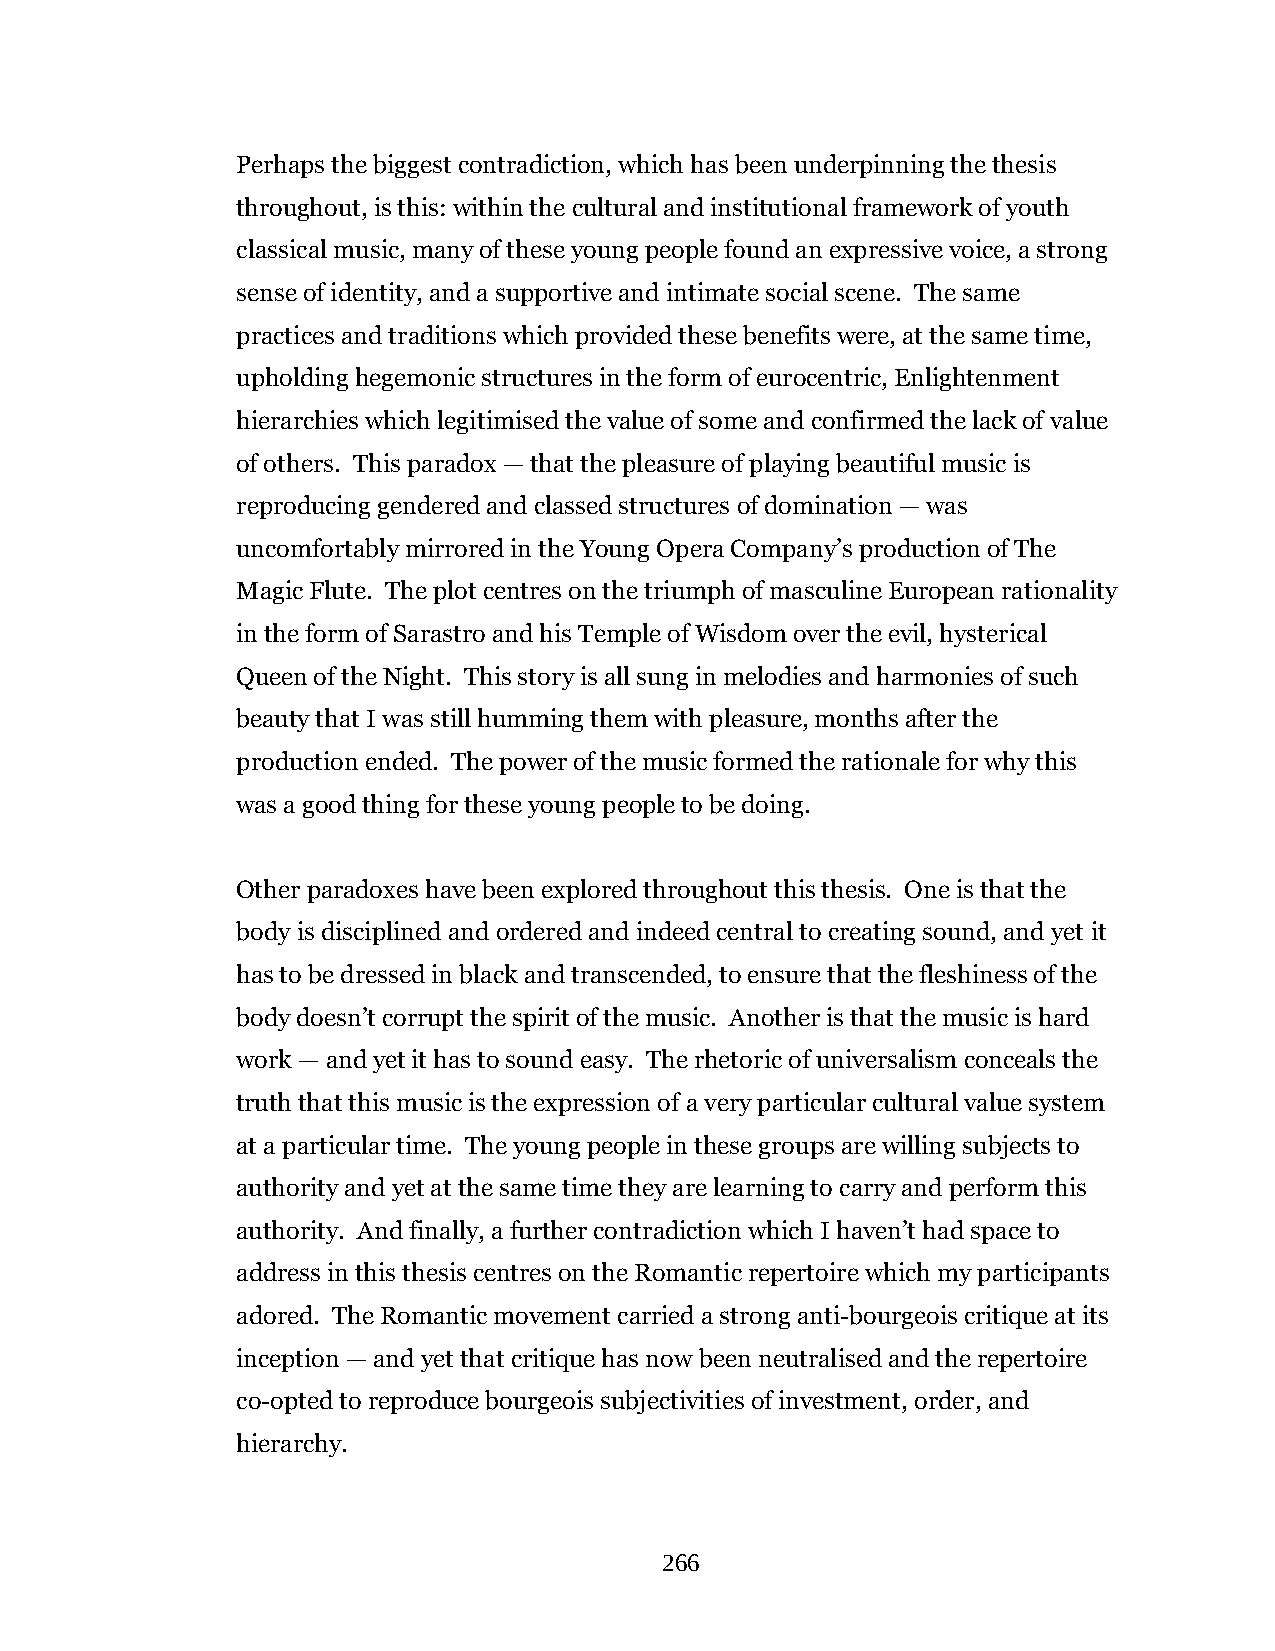
Perhaps the biggest contradiction, which has been underpinning the thesis
 throughout, is this: within the cultural and institutional framework of youth
 classical music, many of these young people found an expressive voice, a strong
 sense of identity, and a supportive and intimate social scene. The same
 practices and traditions which provided these benefits were, at the same time,
 upholding hegemonic structures in the form of eurocentric, Enlightenment
 hierarchies which legitimised the value of some and confirmed the lack of value
 of others. This paradox — that the pleasure of playing beautiful music is
 reproducing gendered and classed structures of domination — was
 uncomfortably mirrored in the Young Opera Company’s production of The
 Magic Flute. The plot centres on the triumph of masculine European rationality
 in the form of Sarastro and his Temple of Wisdom over the evil, hysterical
 Queen of the Night. This story is all sung in melodies and harmonies of such
 beauty that I was still humming them with pleasure, months after the
 production ended. The power of the music formed the rationale for why this
 was a good thing for these young people to be doing.
 Other paradoxes have been explored throughout this thesis. One is that the
 body is disciplined and ordered and indeed central to creating sound, and yet it
 has to be dressed in black and transcended, to ensure that the fleshiness of the
 body doesn’t corrupt the spirit of the music. Another is that the music is hard
 work — and yet it has to sound easy. The rhetoric of universalism conceals the
 truth that this music is the expression of a very particular cultural value system
 at a particular time. The young people in these groups are willing subjects to
 authority and yet at the same time they are learning to carry and perform this
 authority. And finally, a further contradiction which I haven’t had space to
 address in this thesis centres on the Romantic repertoire which my participants
 adored. The Romantic movement carried a strong anti-bourgeois critique at its
 inception — and yet that critique has now been neutralised and the repertoire
 co-opted to reproduce bourgeois subjectivities of investment, order, and
 hierarchy.
 266